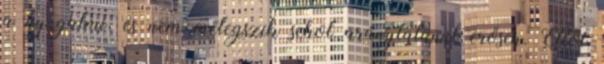
a nyugalmi, és nem melegszik sehol aránytalanul erősen. Ettől